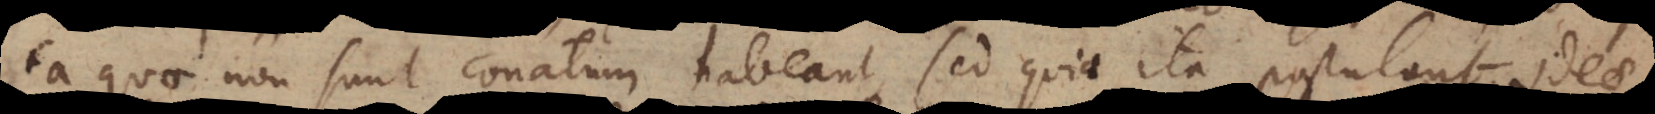
ea quae non sunt conatum habeant, sed quia ita postulant ideae